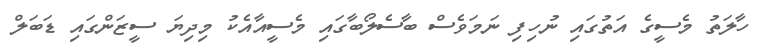
ހާލަތު މެސީގެ އަތުގައި ނުހިފި ނަމަވެސް ބާސެލޯބާގައި މެސީއާއެކު މިދިޔަ ސީޒަންގައި ޑަބަލް